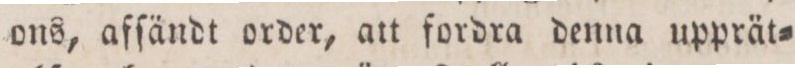
ons, afſändt order, att fordra denna upprät=